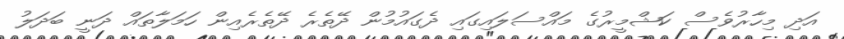
އަދި މިހާރުވެސް ކަޝްމީރުގެ މައްސަލައިގައި ދެގައުމުން ދޭތެރެ ދޭތެރެއިން ހަމަލާތައް ދަނީ ބަދަލު